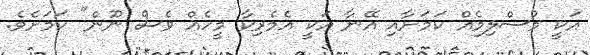
އަކީ މުސްލިމެއް ކަމަށާއި އޭނާ އަކީ އެމެރިކާ މީހެއް ވެސް ނޫން" ކަމަށެވެ.